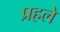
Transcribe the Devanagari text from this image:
प्रहले